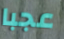
عجبا